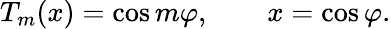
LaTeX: T_{m}(x)=\cos m\varphi,\qquad x=\cos\varphi.